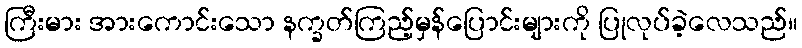
ကြီးမား အားကောင်းသော နက္ခတ်ကြည့်မှန်ပြောင်းများကို ပြုလုပ်ခဲ့လေသည်။